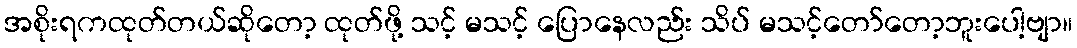
အစိုးရကထုတ်တယ်ဆိုတော့ ထုတ်ဖို့ သင့် မသင့် ပြောနေလည်း သိပ် မသင့်တော်တော့ဘူးပေါ့ဗျာ။